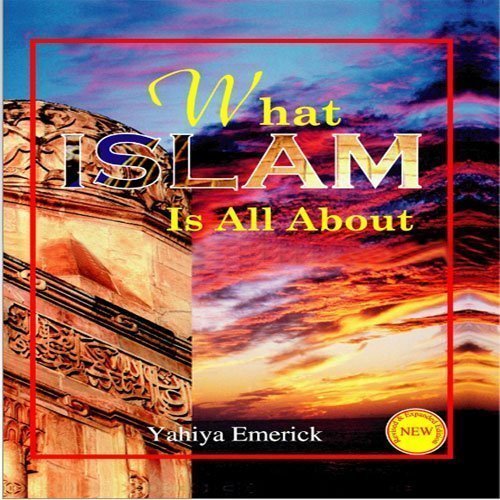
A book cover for What Islam is All About (Paperback); Yahiya Emerick; Children's Books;